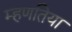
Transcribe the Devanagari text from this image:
म्हणतिया